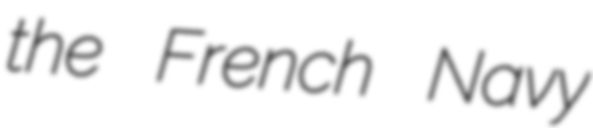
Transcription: the French Navy